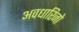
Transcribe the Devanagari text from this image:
अवधारिजो